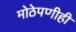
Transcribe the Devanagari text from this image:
मोठेपणीही